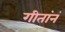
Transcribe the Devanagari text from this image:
गीतांनं